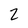
Character: 2